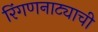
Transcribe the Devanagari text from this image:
रिंगणनाट्याची